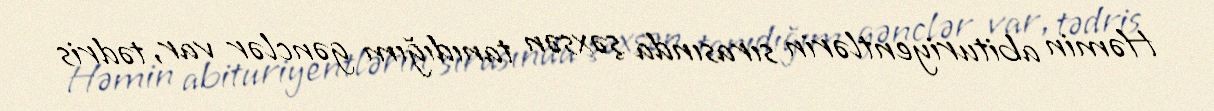
Həmin abituriyentlərin sırasında şəxsən tanıdığım gənclər var, tədris